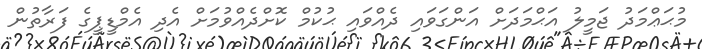
މުޙަޢްމަދު ޖަމީލު އަޙްމަދަށް އަންގަވައި ދެއްވައި ޙުކުމް ކޮށްދެއްވުމަށް އެދި އެމްޑީޕީގެ ފަރާތުން